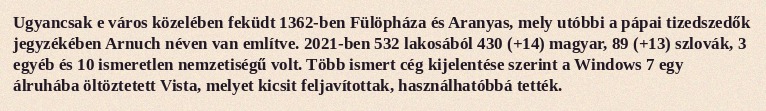
Ugyancsak e város közelében feküdt 1362-ben Fülöpháza és Aranyas, mely utóbbi a pápai tizedszedők jegyzékében Arnuch néven van említve. 2021-ben 532 lakosából 430 (+14) magyar, 89 (+13) szlovák, 3 egyéb és 10 ismeretlen nemzetiségű volt. Több ismert cég kijelentése szerint a Windows 7 egy álruhába öltöztetett Vista, melyet kicsit feljavítottak, használhatóbbá tették.